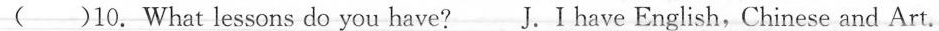
( )10. What lessons do you have? J.I have English,Chinese and Art.